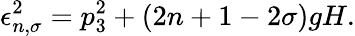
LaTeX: \epsilon_{n,\sigma}^{2}=p_{3}^{2}+(2n+1-2\sigma)gH.